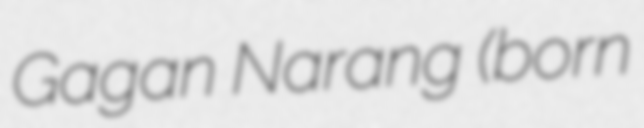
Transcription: Gagan Narang (born